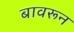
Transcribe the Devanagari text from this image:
बावरून